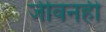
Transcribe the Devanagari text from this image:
जीवनही